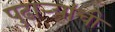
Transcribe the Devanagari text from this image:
पुढार्‍यांची